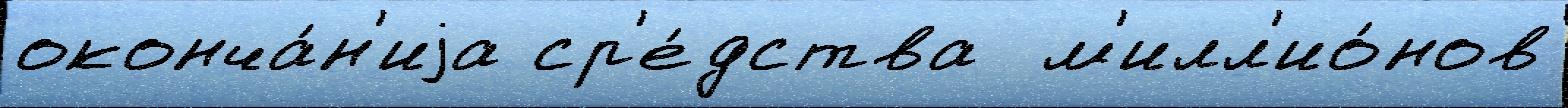
оконча́н'иjа ср'е́дства  м'илл'ио́нов